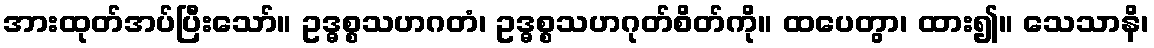
အားထုတ်အပ်ပြီးသော်။ ဥဒ္ဓစ္စသဟဂတံ၊ ဥဒ္ဓစ္စသဟဂုတ်စိတ်ကို။ ထပေတွာ၊ ထား၍။ သေသာနိ၊